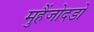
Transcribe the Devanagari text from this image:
मुहैंजोदडो